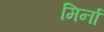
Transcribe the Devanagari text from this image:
मिर्ना